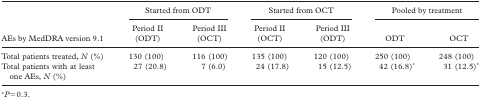
<table><thead><tr><td></td><td colspan="2"><b>Started from ODT</b></td><td colspan="2"><b>Started from OCT</b></td><td colspan="2"><b>Pooled by treatment</b></td></tr><tr><td><b>AEs by MedDRA version 9.1</b></td><td><b>Period II (ODT)</b></td><td><b>Period III (OCT)</b></td><td><b>Period II (OCT)</b></td><td><b>Period III (ODT)</b></td><td><b>ODT</b></td><td><b>OCT</b></td></tr></thead><tbody><tr><td>Total patients treated, <i>N</i> (%)</td><td>130 (100)</td><td>116 (100)</td><td>135 (100)</td><td>120 (100)</td><td>250 (100)</td><td>248 (100)</td></tr><tr><td>Total patients with at least one AEs, <i>N</i> (%)</td><td>27 (20.8)</td><td>7 (6.0)</td><td>24 (17.8)</td><td>15 (12.5)</td><td>42 (16.8)*</td><td>31 (12.5)*</td></tr></tbody></table>